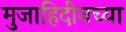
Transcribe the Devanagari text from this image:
मुजाहिदीनच्या